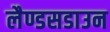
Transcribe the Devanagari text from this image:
लैण्डसडाउन